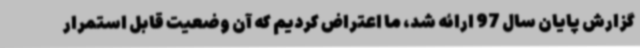
گزارش پایان سال 97 ارائه شد، ما اعتراض کردیم که آن وضعیت قابل استمرار